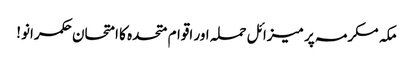
مکہ مکرمہ پر میزائل حملہ اور اقوام متحدہ کا امتحان	 حکمرانو!